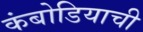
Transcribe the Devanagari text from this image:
कंबोडियाची